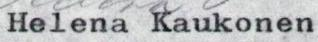
Heiena Kaukonen